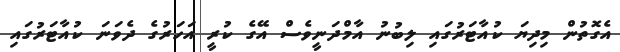
އެގޮތުން މިދިޔަ ކުއާޓަރުގައި ލިބުނު އާމްދަނީވެސް އޭގެ ކުރީ އަހަރުގެ ދެވަނަ ކުއާޓަރުގައި